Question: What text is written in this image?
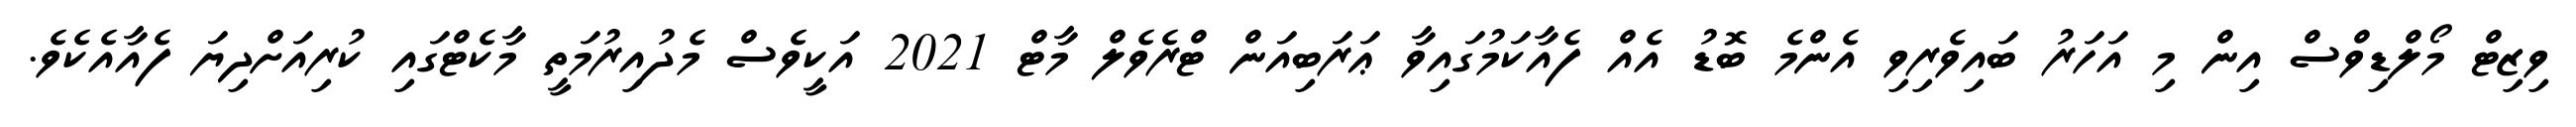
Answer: ވިޒިޓް މޯލްޑިވްސް އިން މި އަހަރު ބައިވެރިވި އެންމެ ބޮޑު އެއް ފެއާކަމުގައިވާ ޢަރަބިއަން ޓްރެވެލް މާޓް 2021 އަކީވެސް މެދުއިރުމަތީ މާކެޓްގައި ކުރިއަށްދިޔަ ފެއާއެކެވެ.